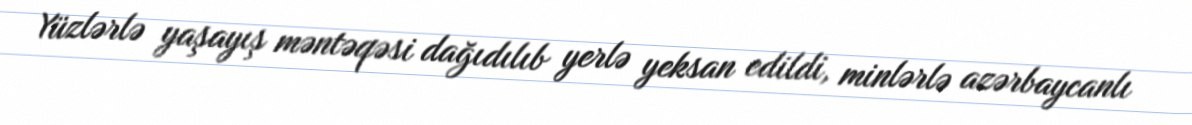
Yüzlərlə yaşayış məntəqəsi dağıdılıb yerlə yeksan edildi, minlərlə azərbaycanlı